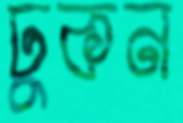
ঢুকন